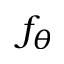
f _ { \theta }